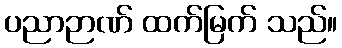
ပညာဉာဏ် ထက်မြက် သည်။